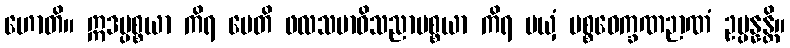
ဟောတိ။ ဣဒပ္ပစ္စယာ ကိရ မေတိ ဖလသမာဓိသညာပစ္စယာ ကိရ မယှံ ပစ္စဝေက္ခဏဉာဏံ ဥပ္ပန္နန္တိ။